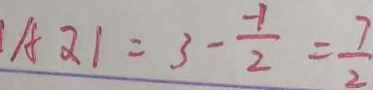
A Q \vert = 3 - \frac { - 1 } { 2 } = \frac { 7 } { 2 }